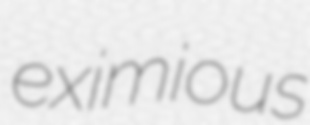
eximious